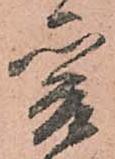
爰